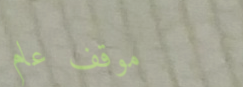
موقف عام